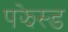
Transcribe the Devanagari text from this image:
पझेस्ड